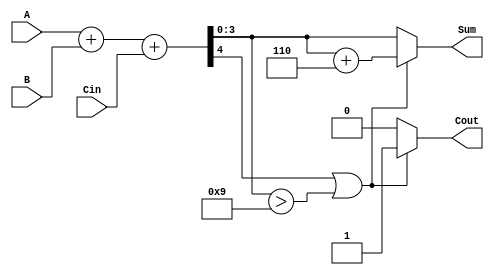
module BCD_Conditional_Adder (
    input [3:0] A,     // First BCD digit
    input [3:0] B,     // Second BCD digit
    input Cin,         // Carry-in
    output reg [3:0] Sum,  // BCD Sum
    output reg Cout         // Carry-out
);

    wire [4:0] S;      // 5-bit sum to accommodate carry
    wire correction;    // Correction flag

    // Step 1: Binary addition
    assign S = A + B + Cin; // Add A, B, and Cin

    // Step 2: BCD correction logic
    always @(*) begin
        // Determine if correction is needed
        if (S[4] || (S[3:0] > 4'b1001)) begin
            // If S >= 10, apply correction
            Sum = S[3:0] + 4'b0110; // Add 6 to correct
            Cout = 1'b1;            // Set carry-out
        end else begin
            // No correction needed
            Sum = S[3:0];           // Use the sum directly
            Cout = 1'b0;            // No carry-out
        end
    end

endmodule